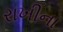
રાખીના